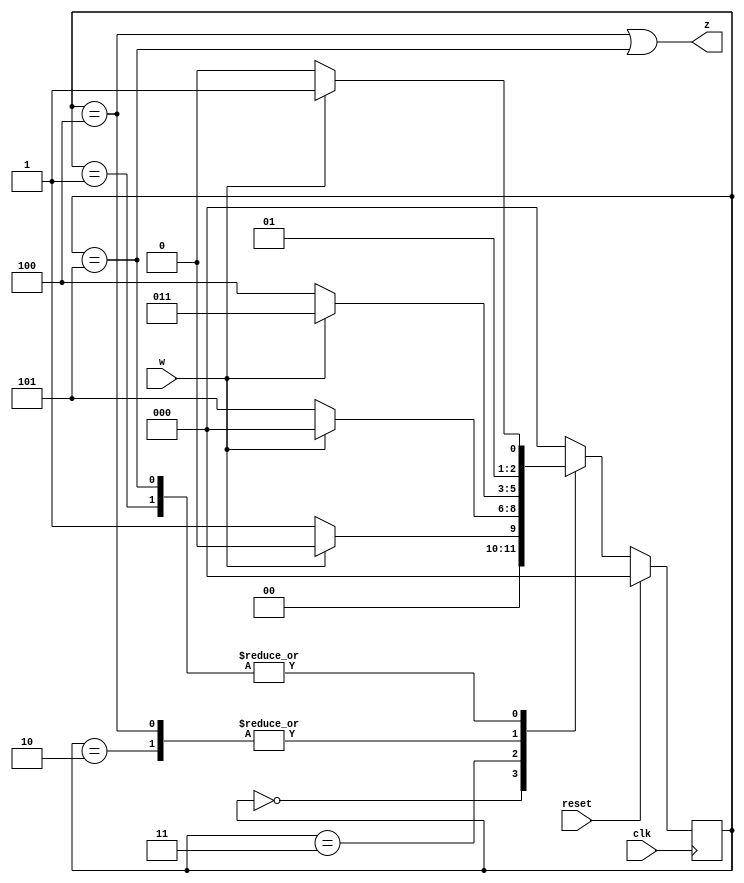
module top_module (
    input clk,
    input reset,     // synchronous reset
    input w,
    output z);
    parameter A=3'd0, B=3'd1, C=3'd2, D=3'd3, E=3'd4, F=3'd5;
    reg [2:0] state,next_state;
    always@(posedge clk)
        begin
            if(reset) state<=A;
            else state<=next_state;
        end
    always@(*)
        begin
            case(state)
                A:next_state<=w?A:B;
                B:next_state<=w?D:C;
                C:next_state<=w?D:E;
                D:next_state<=w?A:F;
                E:next_state<=w?D:E;
                F:next_state<=w?D:C;
                default:next_state<=A;
            endcase
        end
    assign z = (state == E) || (state == F);
endmodule